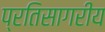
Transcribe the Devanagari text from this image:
प्रतिसागरीय